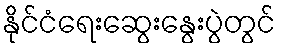
နိုင်ငံရေးဆွေးနွေးပွဲတွင်